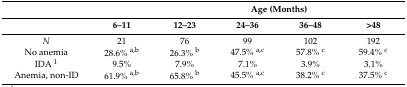
<table><thead><tr><td></td><td></td><td colspan="4"><b>Age (Months)</b></td></tr><tr><td></td><td><b>6–11</b></td><td><b>12–23</b></td><td><b>24–36</b></td><td><b>36–48</b></td><td><b>&gt;48</b></td></tr></thead><tbody><tr><td><i>N</i></td><td>21</td><td>76</td><td>99</td><td>102</td><td>192</td></tr><tr><td>No anemia</td><td>28.6% <sup>a,b</sup></td><td>26.3% <sup>b</sup></td><td>47.5% <sup>a,c</sup></td><td>57.8% <sup>c</sup></td><td>59.4% <sup>c</sup></td></tr><tr><td>IDA <sup>1</sup></td><td>9.5%</td><td>7.9%</td><td>7.1%</td><td>3.9%</td><td>3.1%</td></tr><tr><td>Anemia, non-ID</td><td>61.9% <sup>a,b</sup></td><td>65.8% <sup>b</sup></td><td>45.5% <sup>a,c</sup></td><td>38.2% <sup>c</sup></td><td>37.5% <sup>c</sup></td></tr></tbody></table>